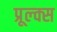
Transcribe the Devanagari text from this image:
प्रूल्क्स